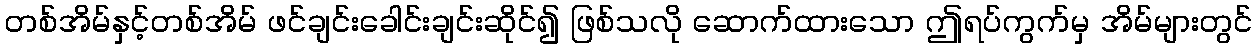
တစ်အိမ်နှင့်တစ်အိမ် ဖင်ချင်းခေါင်းချင်းဆိုင်၍ ဖြစ်သလို ဆောက်ထားသော ဤရပ်ကွက်မှ အိမ်များတွင်